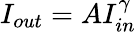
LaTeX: I_{out}=AI_{in}^{\gamma}